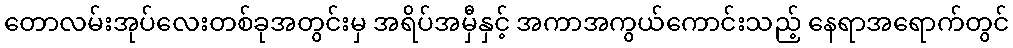
တောလမ်းအုပ်လေးတစ်ခုအတွင်းမှ အရိပ်အမှီနှင့် အကာအကွယ်ကောင်းသည့် နေရာအရောက်တွင်